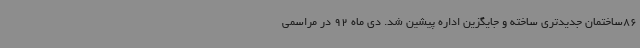
86ساختمان جدیدتری ساخته و جایگزین اداره پیشین شد. دی ماه 92 در مراسمی